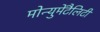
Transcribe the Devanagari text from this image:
मोन्युमेंटैलिटी